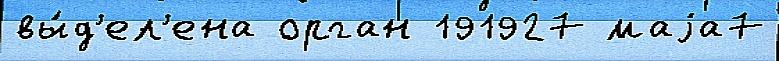
вы́д'ел'ена орган 191927 маjа7